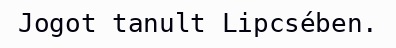
Jogot tanult Lipcsében.